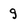
Character: g